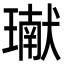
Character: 𤩽